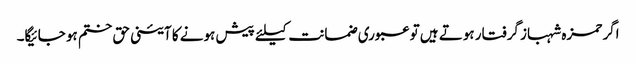
اگر حمزہ شہباز گرفتار ہوتے ہیں تو عبوری ضمانت کیلئے پیش ہونے کا آئینی حق ختم ہو جائیگا۔